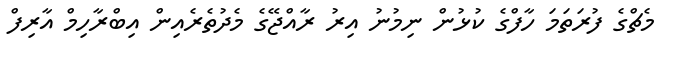
މެޗްގެ ފުރަތަމަ ހާފްގެ ކުޅުން ނިމުނު އިރު ރާއްޖޭގެ މެދުތެރެއިން އިބްރާހިމް އާރިފް